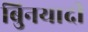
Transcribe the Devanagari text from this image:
बुिनयादी